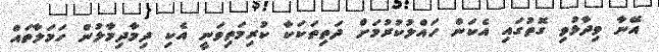
އޭނާ ވިދާޅުވި ގޮތުގައި އެކަން ހައްލުކުރުމަށް ދަތިތަކަކާ ކުރިމަތިވަނީ އެކި ދިމާދިމާލުން ހަމަލާތައް